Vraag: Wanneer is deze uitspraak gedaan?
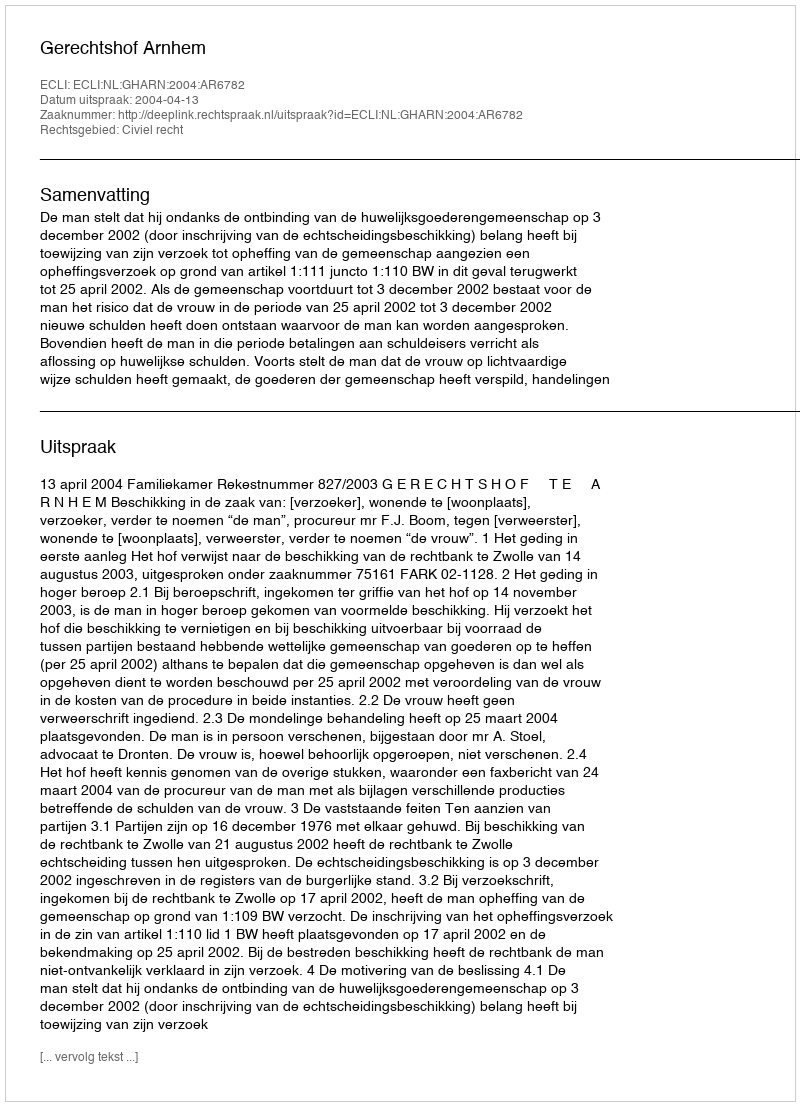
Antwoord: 2004-04-13